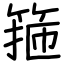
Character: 箍